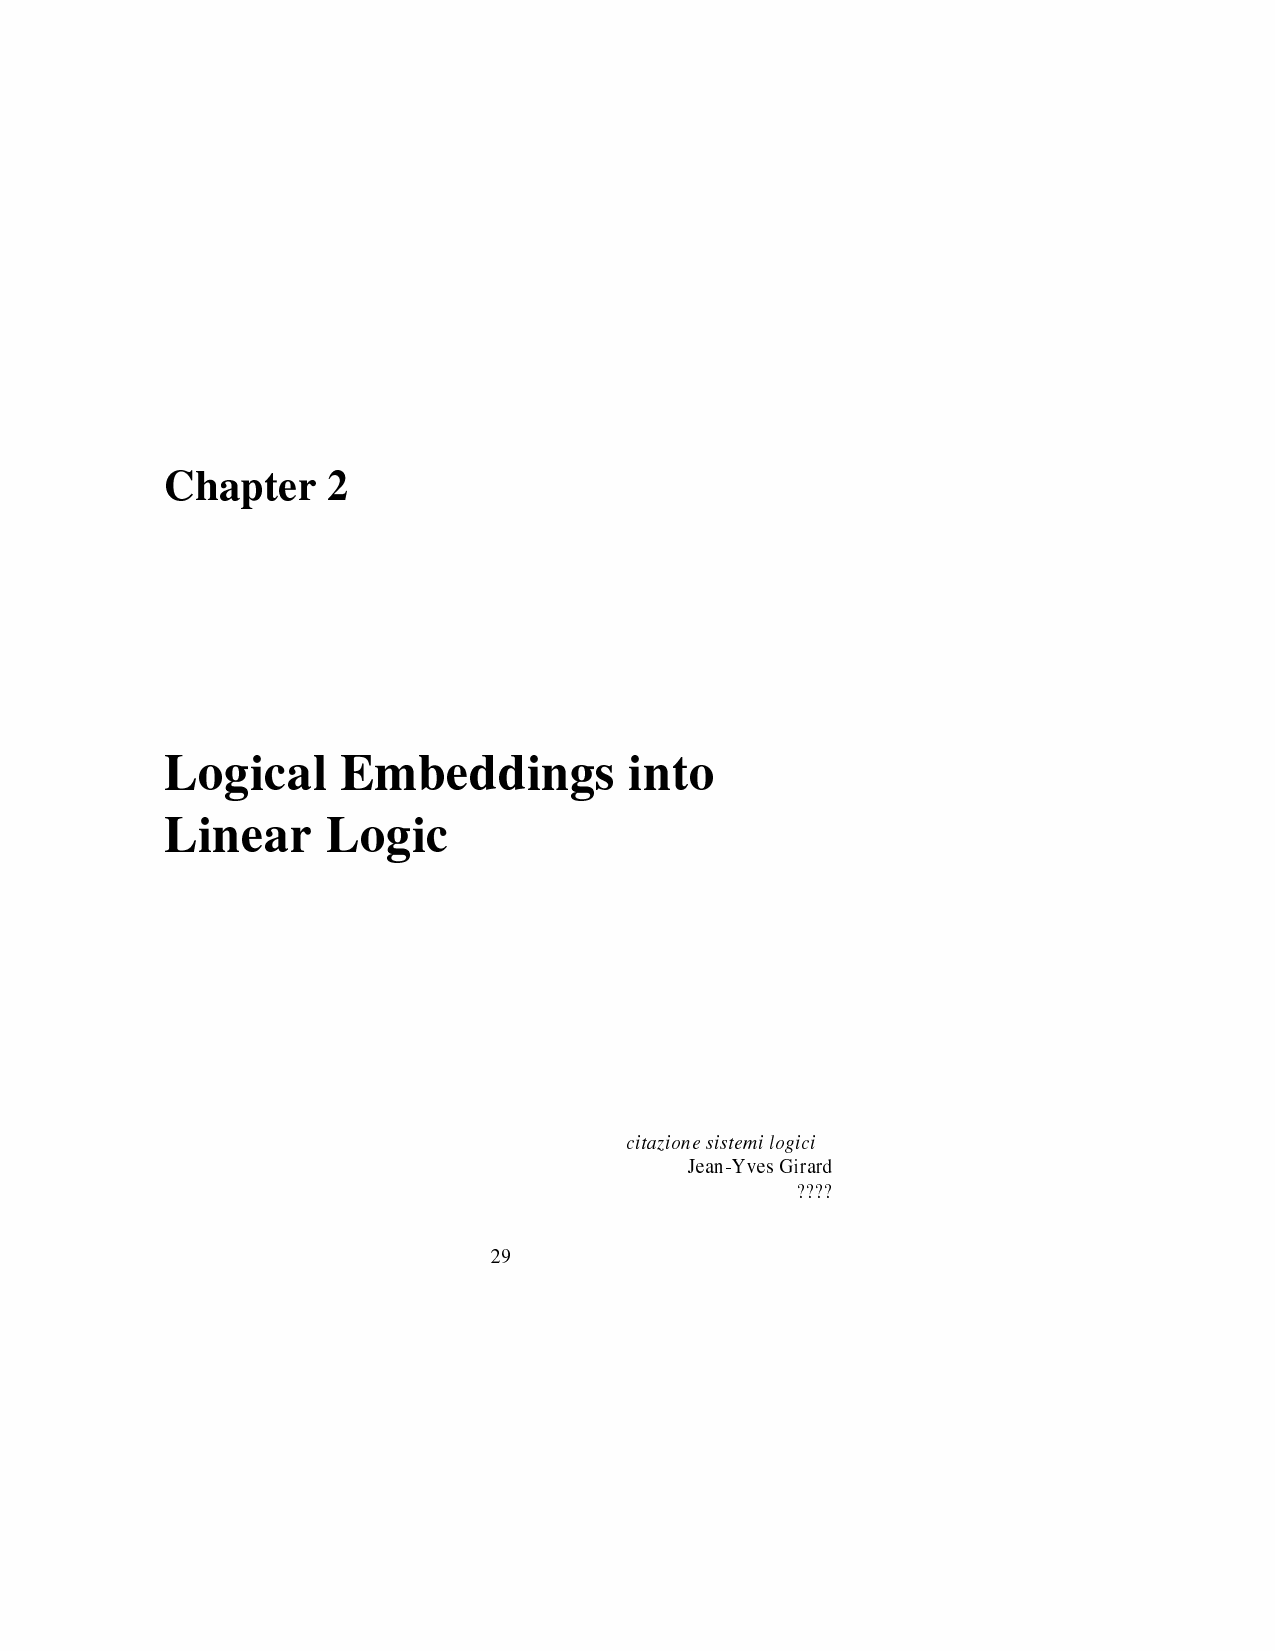
Chapter    2
 Logical     Embeddings         into
 Linear     Logic
 citazionesistemilogici
 Jean-YvesGirard
 ????
 29